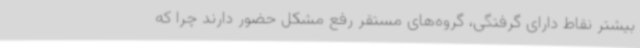
بیشتر نقاط دارای گرفتگی، گروه‌های مستقر رفع مشکل حضور دارند چرا که